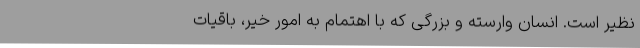
‌نظیر است. انسان وارسته و بزرگی که با اهتمام به امور خیر، باقیات